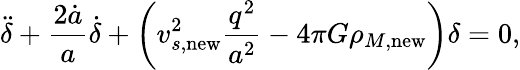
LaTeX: \ddot{\delta}+{\frac{2\dot{a}}{a}}\dot{\delta}+\left(v_{s,\mathrm{new}}^{2}{\frac{q^{2}}{a^{2}}}-4\pi G\rho_{M,\mathrm{new}}\right)\delta=0,